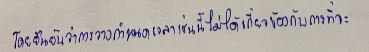
โดยยืนยันว่าการวางกำหนดเวลาเช่นนี้ไม่ได้เกี่ยวข้องกับการที่จะ